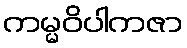
ကမ္မဝိပါကဇာ